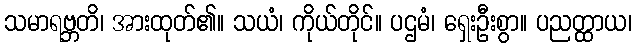
သမာရဗ္ဘတိ၊ အားထုတ်၏။ သယံ၊ ကိုယ်တိုင်။ ပဌမံ၊ ရှေးဦးစွာ။ ပညတ္ထာယ၊